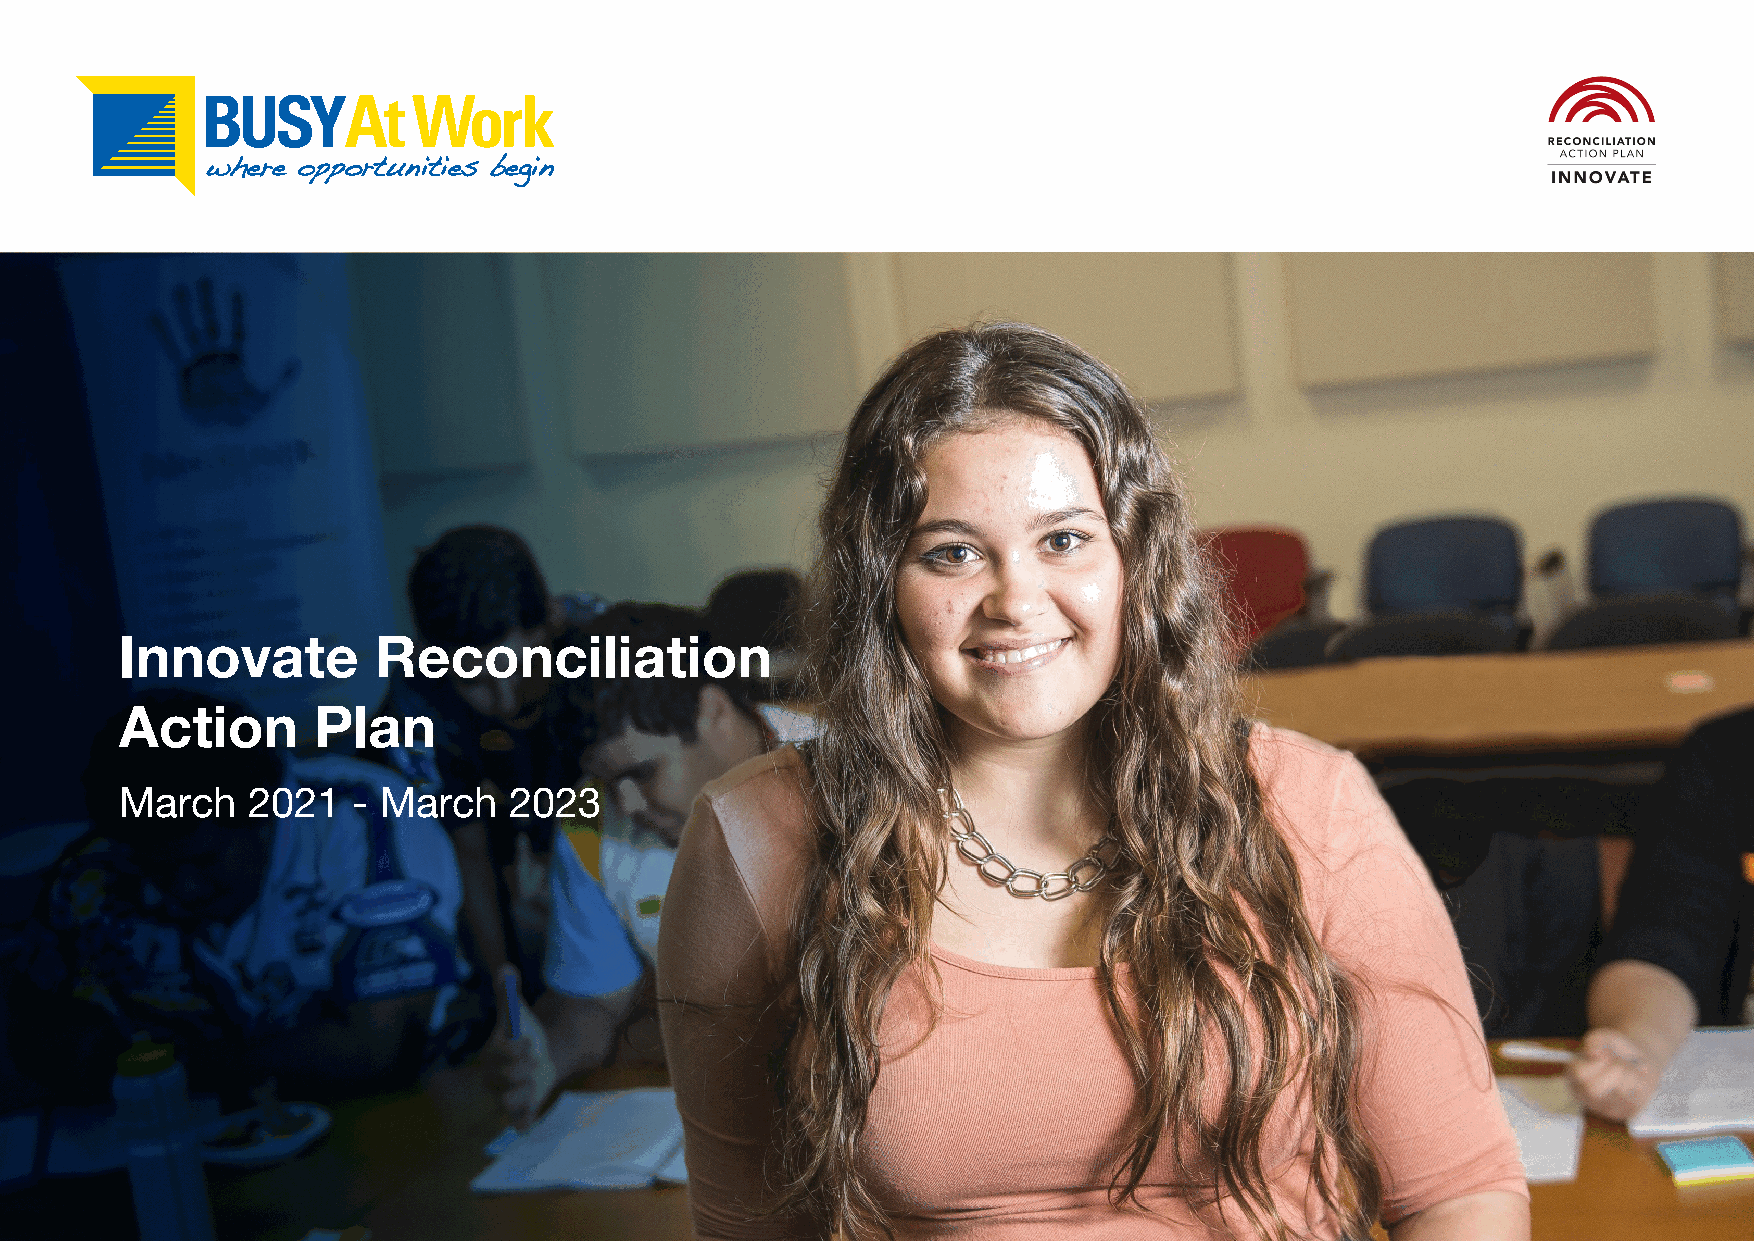
Innovate         Reconciliation
 Action       Plan
 March   2021   - March    2023